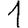
Digit: 1